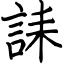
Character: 誄